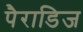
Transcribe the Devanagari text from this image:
पैराडिज